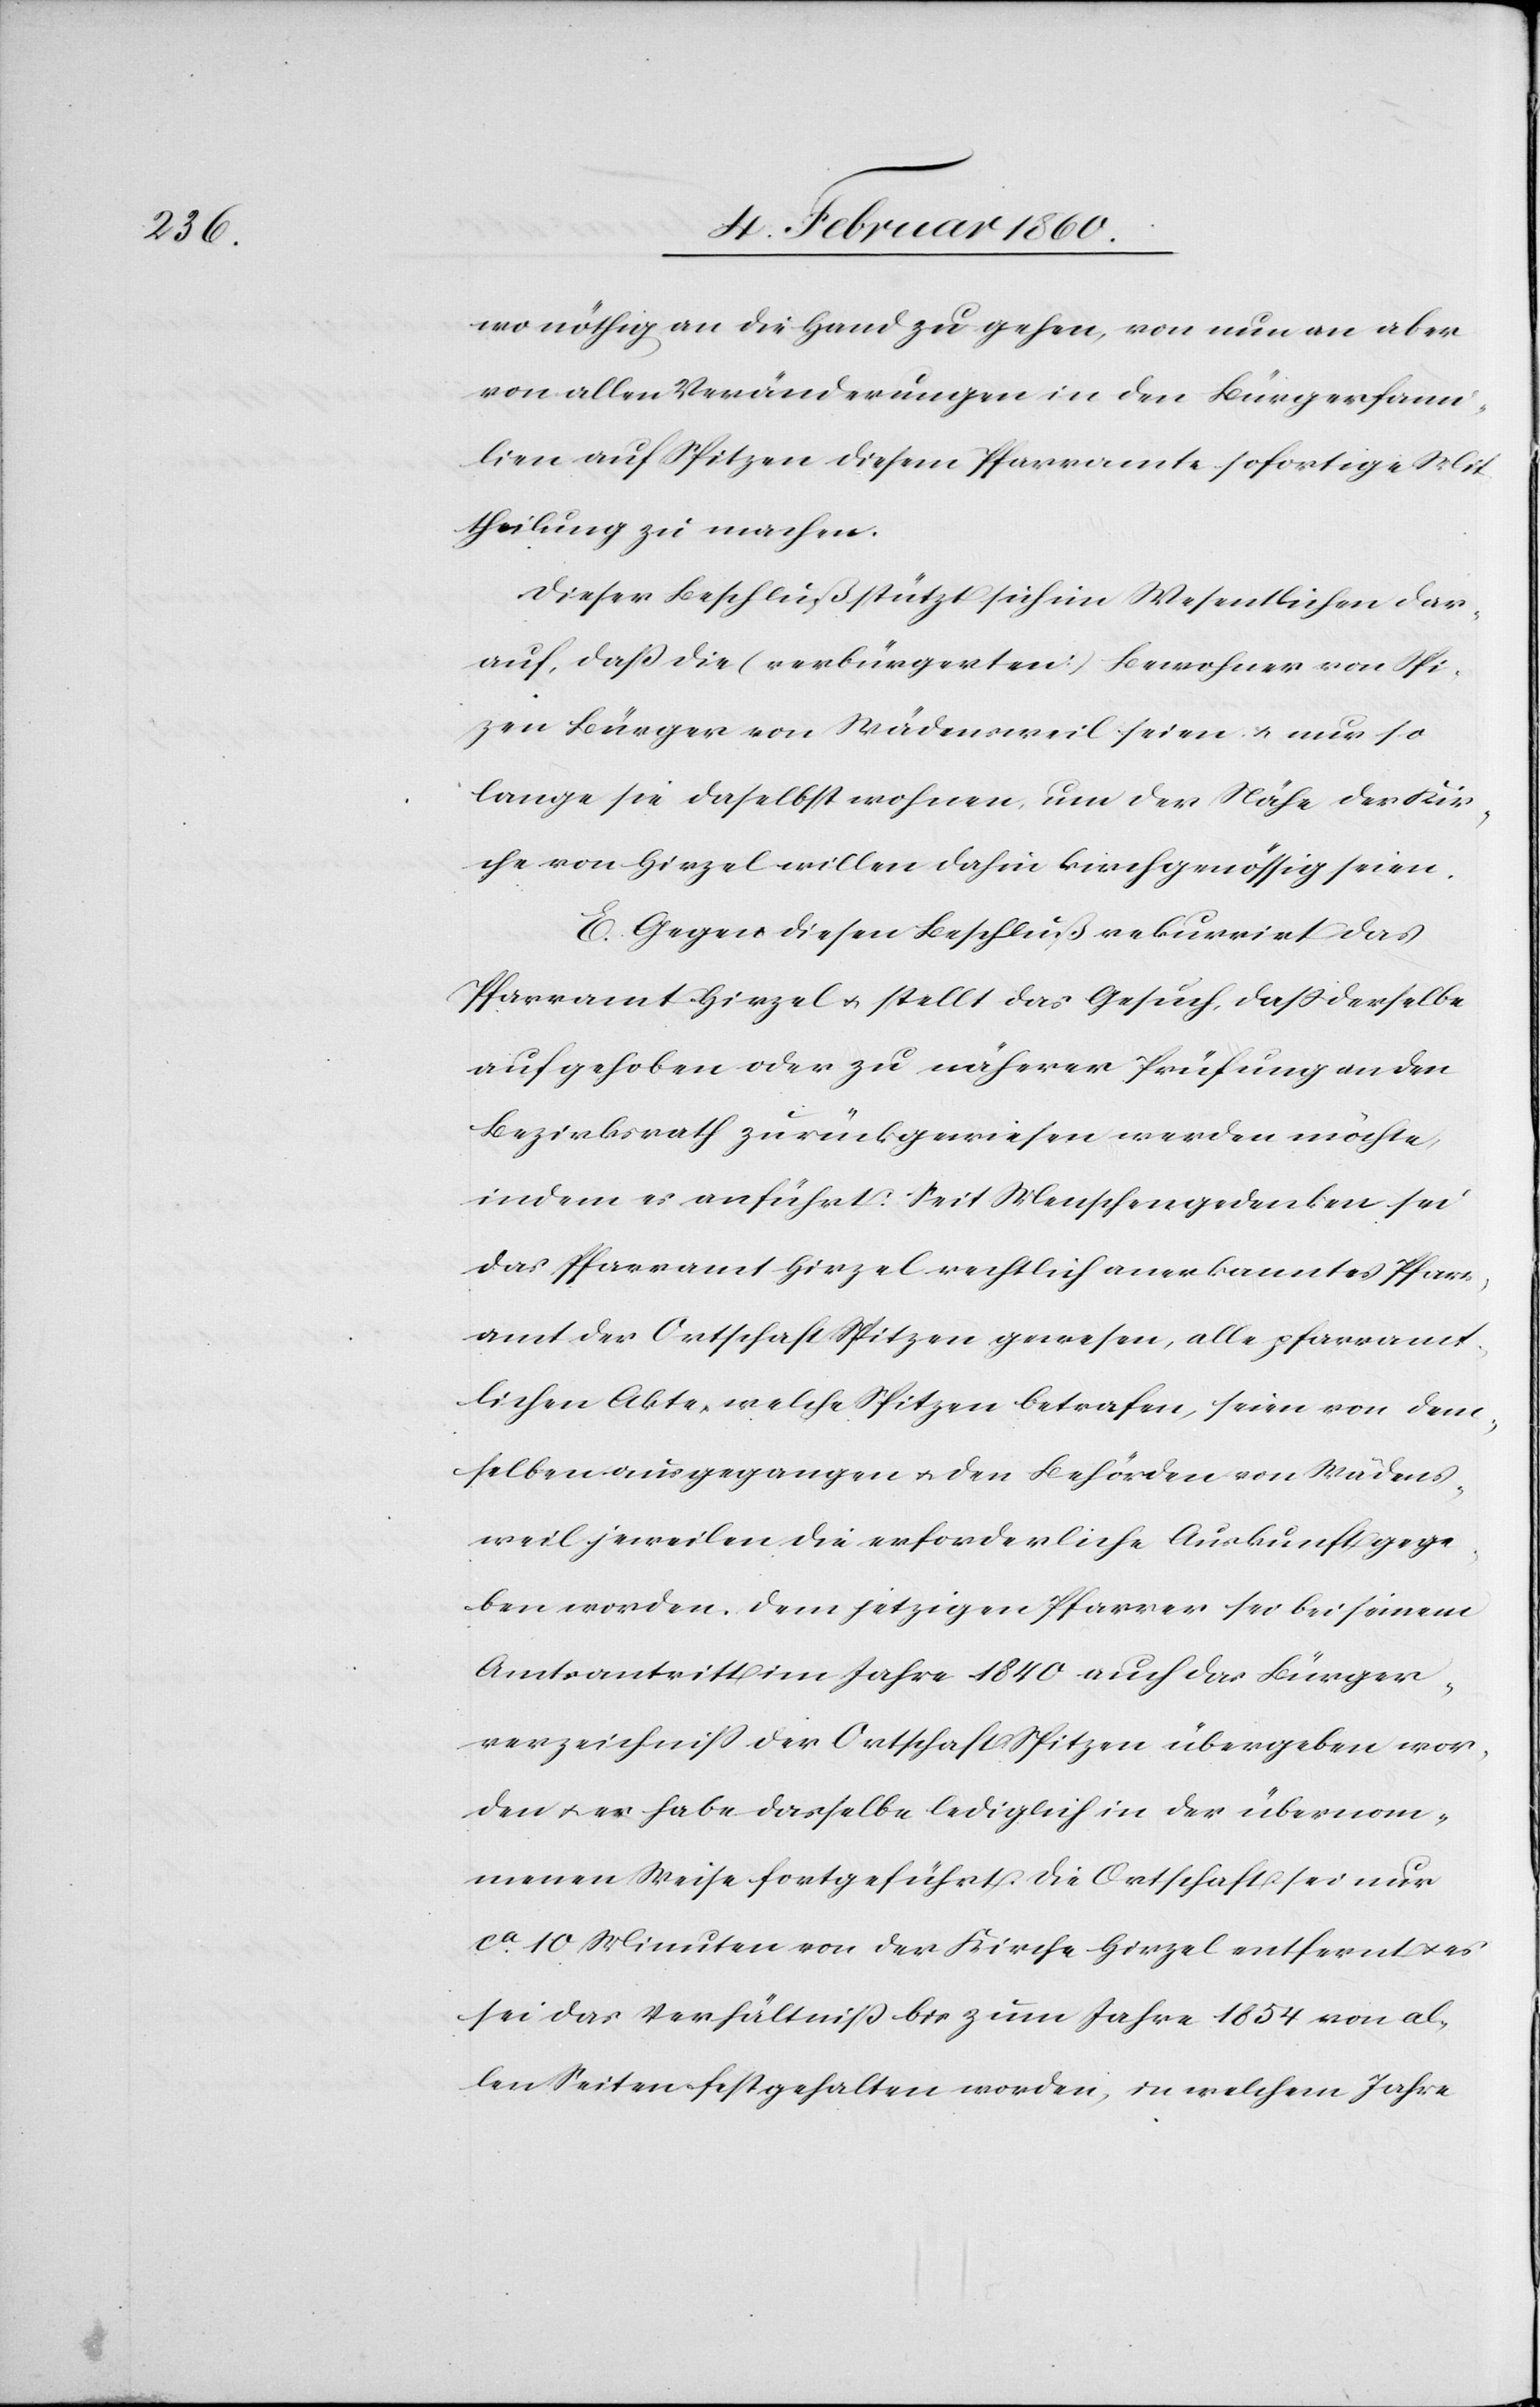
wo nöthig an die Hand zu gehen, von nun an aber
von allen Veränderungen in den Bürgerfam¬
ilien auf Spitzen diesem Pfarramte sofortige Mit¬
theilung zu machen.
Dieser Beschluß stützt sich im Wesentlichen dar¬
auf, dass die [verbürgerten] Bewohner von Spit¬
zen Bürger von Wädensweil seien u. nur so
lange sie daselbst wohnen, um der Nähe der Kir¬
che von Hirzel willen dahin kirchgenössig seien.
E. Gegen diesen Beschluß rekurrirt das
Pfarramt Hirzel u. stellt das Gesuch, dass derselbe
aufgehoben oder zu näherer Prüfung an den
Bezirksrath zurückgewiesen werden möchte,
indem er anführt: Seit Menschengedenken sei
das Pfarramt Hirzel rechtlich anerkanntes Pfarr¬
amt der Ortschaft Spitzen gewesen, alle pfarramt¬
lichen Akte[n], welche Spitzen betrafen, seien von dem¬
selben ausgegangen u. den Behörden von Wädens¬
weil jeweilen die erforderliche Auskunft gege¬
ben worden. Dem jetzigen Pfarrer sei bei seinem
Amtsantritt im Jahre 1840 auch das Bürger¬
verzeichniss der Ortschaft Spitzen übergeben wor¬
den u. es habe dasselbe lediglich in der übernom¬
menen Weise fortgeführt. Die Ortschaft sei nur
ca 10 Minuten von der Kirche Hirzel entfernt u. es
sei das Verhältniss bis zum Jahre 1854 von al¬
len Seiten festgehalten worden, in welchem Jahre